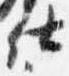
仕